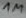
Text: 1M